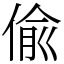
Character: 偸